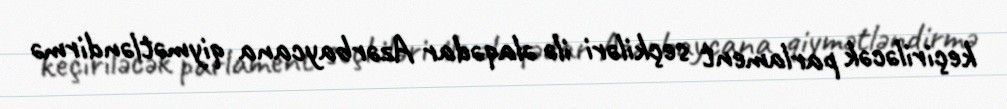
keçiriləcək parlament seçkiləri ilə əlaqədar Azərbaycana qiymətləndirmə